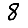
Digit: 8